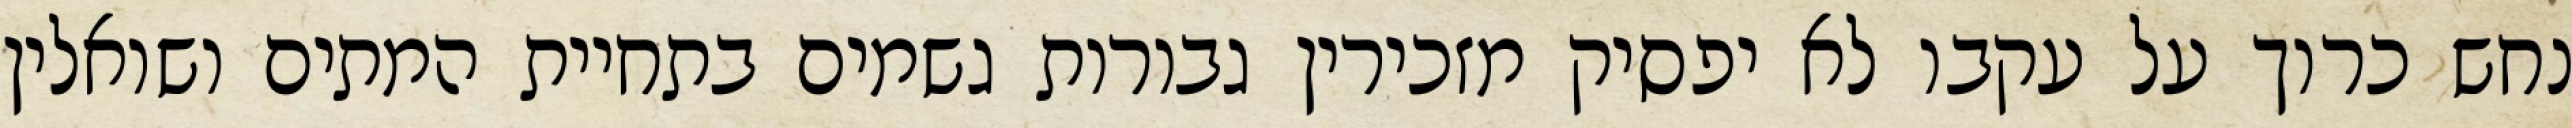
נחש כרוך על עקבו לא יפסיק מזכירין גבורות גשמים בתחיית המתים ושואלין